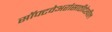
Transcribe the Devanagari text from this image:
सॉफ्टवेअरांसाठीदेखील